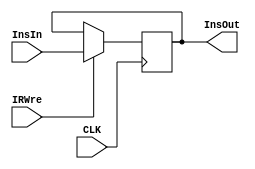
`timescale 1ns / 1ps
//////////////////////////////////////////////////////////////////////////////////
// Company: 
// Engineer: 
// 
// Design Name: 
// Module Name: IR
// Project Name: 
// Target Devices: 
// Tool Versions: 
// Description: 
// 
// Dependencies: 
// 
// Revision:
// Revision 0.01 - File Created
// Additional Comments:
// 
//////////////////////////////////////////////////////////////////////////////////


module IR(
    input CLK,
    input IRWre,
    input [31:0] InsIn,
    output reg [31:0] InsOut
    );
    
    always@(posedge CLK) begin
        if (IRWre == 1) InsOut = InsIn;
    end
endmodule